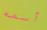
أسمه